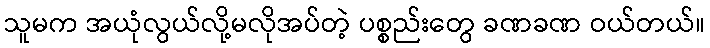
သူမက အယုံလွယ်လို့မလိုအပ်တဲ့ ပစ္စည်းတွေ ခဏခဏ ဝယ်တယ်။